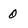
Character: 0